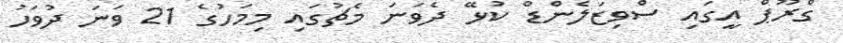
ގްރޫޕް އީގައި ސްވިޒަލެންޑް ކުޅޭ ދެވަނަ މެޗުގައި މިމަހުގެ 21 ވަނަ ދުވަހު